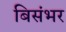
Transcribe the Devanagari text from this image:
बिसंभर